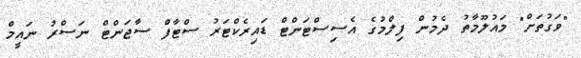
"ވަގުތަށް" މައުލޫމާތު ދެމުން ފިލްމުގެ އެސިސްޓަންޓް ޑައިރެކްޓަރު ސްޓާފް ސާޖަންޓް ނަސްރު ނައީމް